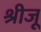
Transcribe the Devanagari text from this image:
श्रीजू